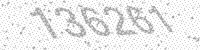
Solution: 136261